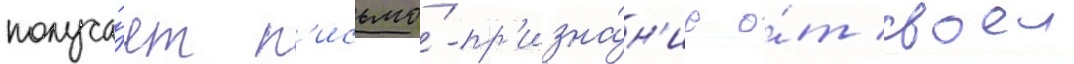
получа́ет п'исьмо́-пр'изна́н'ие о́т своеи